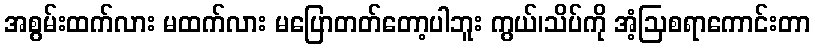
အစွမ်းထက်လား မထက်လား မပြောတတ်တော့ပါဘူး ကွယ်၊သိပ်ကို အံ့ဩစရာကောင်းတာ